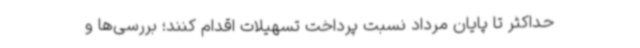
حداکثر تا پایان مرداد نسبت پرداخت تسهیلات اقدام کنند؛ بررسی‌ها و